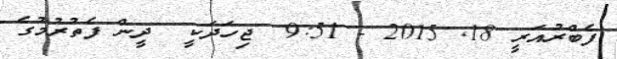
ފެބްރުއަރީ 18